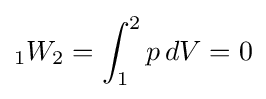
{}_{1}W_{2}=\int _{1}^{2}{p\,dV}=0